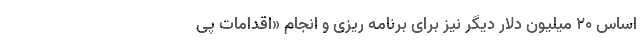
اساس ۲۰ میلیون دلار دیگر نیز برای برنامه ریزی و انجام «اقدامات پی